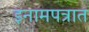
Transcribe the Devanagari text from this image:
इनामपत्रात